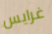
غرايس